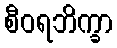
စီဝရဘိက္ခာ